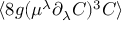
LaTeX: \langle 8 g ( \mu ^ { \lambda } \partial _ { \lambda } { C } ) ^ { 3 } C \rangle